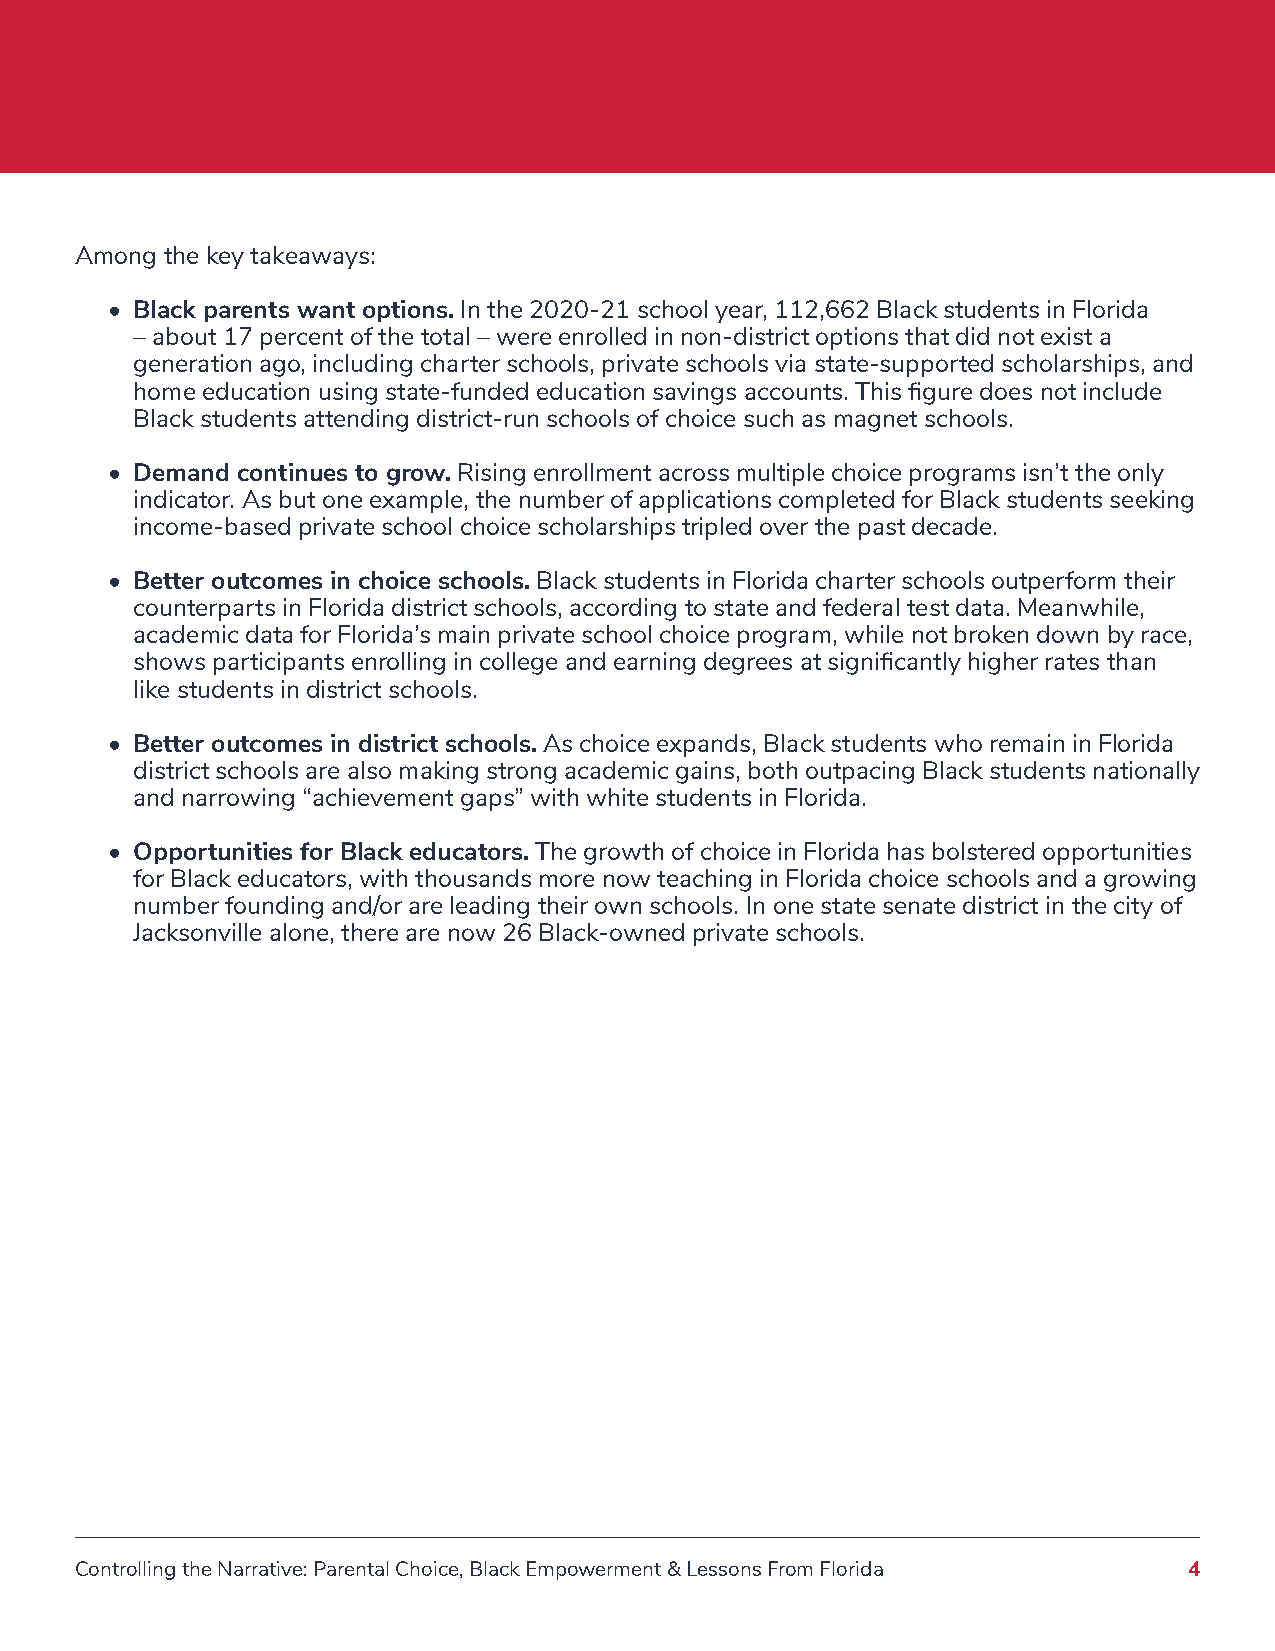
Among the key takeaways:
 • Black parents want options. In the 2020-21 school year, 112,662 Black students in Florida
 – about 17 percent of the total – were enrolled in non-district options that did not exist a
 generation ago, including charter schools, private schools via state-supported scholarships, and
 home education using state-funded education savings accounts. This figure does not include
 Black students attending district-run schools of choice such as magnet schools.
 • Demand continues to grow. Rising enrollment across multiple choice programs isn’t the only
 indicator. As but one example, the number of applications completed for Black students seeking
 income-based private school choice scholarships tripled over the past decade.
 • Better outcomes in choice schools. Black students in Florida charter schools outperform their
 counterparts in Florida district schools, according to state and federal test data. Meanwhile,
 academic data for Florida’s main private school choice program, while not broken down by race,
 shows participants enrolling in college and earning degrees at significantly higher rates than
 like students in district schools.
 • Better outcomes in district schools. As choice expands, Black students who remain in Florida
 district schools are also making strong academic gains, both outpacing Black students nationally
 and narrowing “achievement gaps” with white students in Florida.
 • Opportunities for Black educators. The growth of choice in Florida has bolstered opportunities
 for Black educators, with thousands more now teaching in Florida choice schools and a growing
 number founding and/or are leading their own schools. In one state senate district in the city of
 Jacksonville alone, there are now 26 Black-owned private schools.
 Controlling the Narrative: Parental Choice, Black Empowerment & Lessons From Florida 4